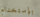
بإستخدام